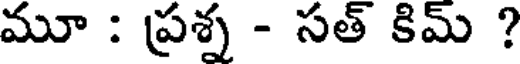
మూ : ప్రశ్న - సత్ కిమ్ ?